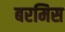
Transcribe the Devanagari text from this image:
बरमिस